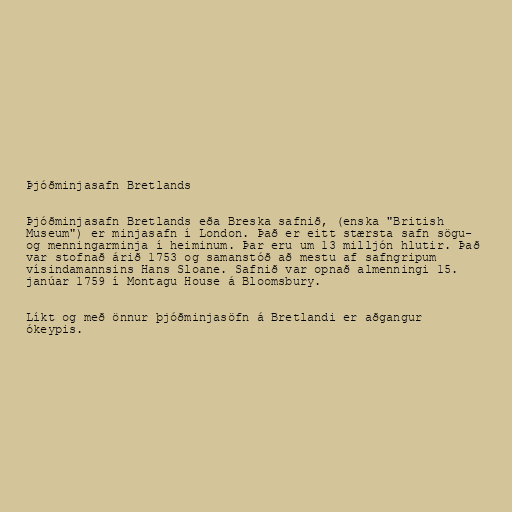
Þjóðminjasafn Bretlands

Þjóðminjasafn Bretlands eða Breska safnið, (enska "British
Museum") er minjasafn í London. Það er eitt stærsta safn sögu-
og menningarminja í heiminum. Þar eru um 13 milljón hlutir. Það
var stofnað árið 1753 og samanstóð að mestu af safngripum
vísindamannsins Hans Sloane. Safnið var opnað almenningi 15.
janúar 1759 í Montagu House á Bloomsbury.

Líkt og með önnur þjóðminjasöfn á Bretlandi er aðgangur
ókeypis.